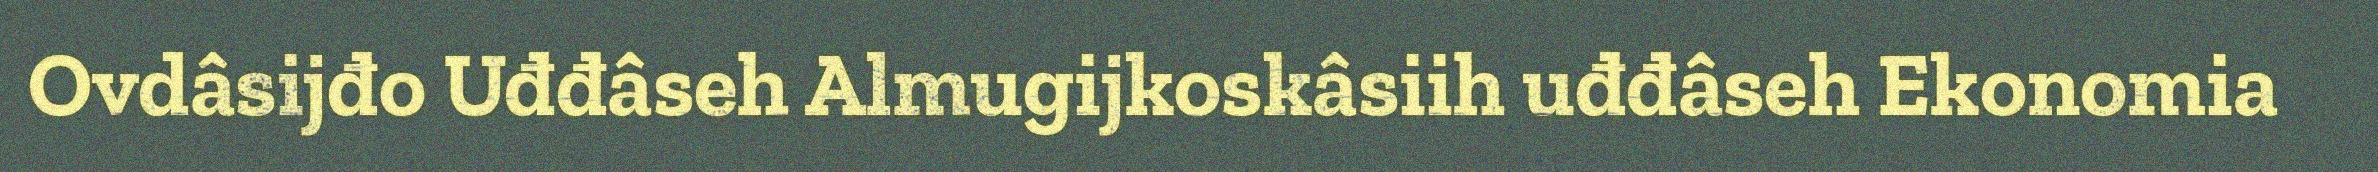
Ovdâsijđo Uđđâseh Almugijkoskâsiih uđđâseh Ekonomia